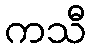
ကသီ